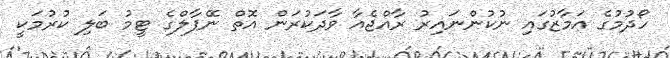
ހޯދުމުގެ އަމާޒުގައި ނުކުންނައިރު ރާއްޖެއާ ވާދަކުރަން އޮތް ނޭޕާލްގެ ޓީމު ބަލި ކުރުމަކީ